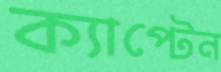
ক্যাপ্টেন